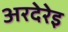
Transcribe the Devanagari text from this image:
अरदेरेइ